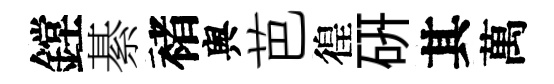
鏜綦褚舆芭徨硏其萬